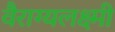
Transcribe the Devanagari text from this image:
वैराग्यलक्ष्मी